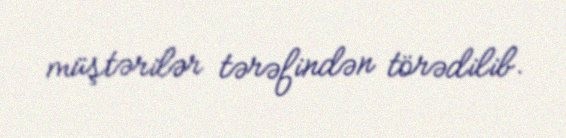
müştərilər tərəfindən törədilib.